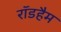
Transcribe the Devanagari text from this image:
रॉडहैम